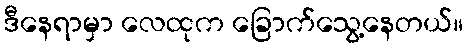
ဒီနေရာမှာ လေထုက ခြောက်သွေ့နေတယ်။